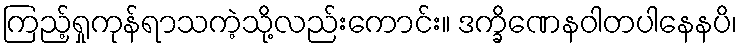
ကြည့်ရှုကုန်ရာသကဲ့သို့လည်းကောင်း။ ဒက္ခိဏေနဝါတပါနေနပိ၊